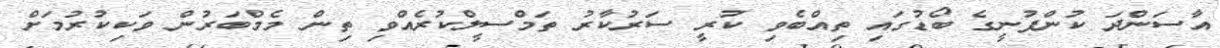
އާސަންދަ ކުންފުނީގެ ބޯޑުގައި ތިއްބެވި ކުރީ ސަރުކާރު ތަމްސީލްކުރެއްވި ތިން މެމްބަރުން ވަކިކުރުމަށް